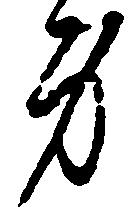
身